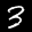
Label: 3